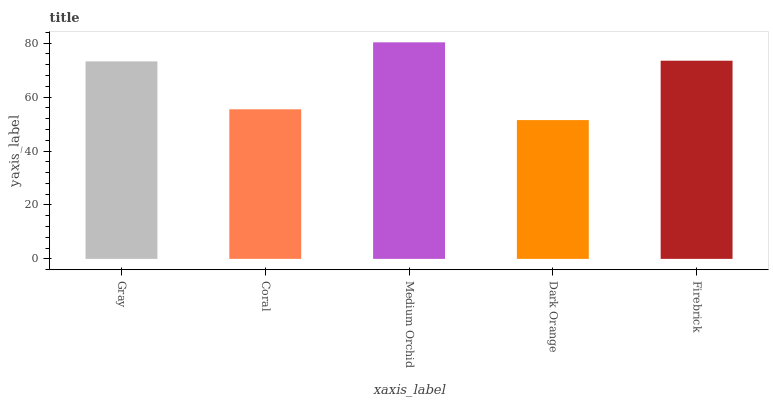
| xaxis_label | bars |
 | --- | --- |
 | Gray | 73.2 |
 | Coral | 55.5 |
 | Medium Orchid | 80.3 |
 | Dark Orange | 51.5 |
 | Firebrick | 73.5 |